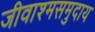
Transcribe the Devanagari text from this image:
जीवाश्मसमुदाय